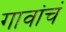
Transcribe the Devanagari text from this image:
गावांचं